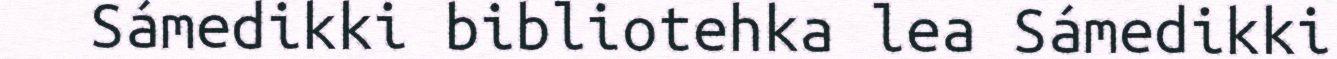
Sámedikki bibliotehka lea Sámedikki